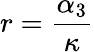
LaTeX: r=\frac{\alpha_{3}}{\kappa}